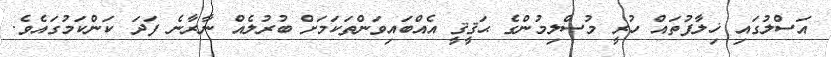
އަސްލުގައި ޚިލާފުތައް ހުރީ މުސްލިމުންގެ ޙަޤީޤީ އެއްބައިވަންތަކަމަށް ބުރުލެއް ނާރާނެ ފަދަ ކަންކަމުގައެވެ.